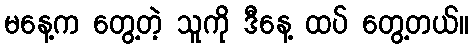
မနေ့က တွေ့တဲ့ သူကို ဒီနေ့ ထပ် တွေ့တယ်။